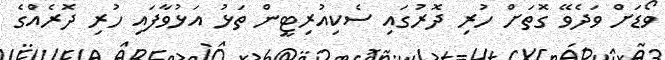
ވޯޑަށް ވަދެވޭ ގޮތަށް ހުރި ދޮރުގައި ސެކިއުރިޓީން ތަޅު އަޅުވާފައި ހުރި ދޮރެއްގެ